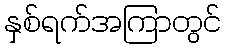
နှစ်ရက်အကြာတွင်